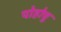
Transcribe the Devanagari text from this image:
पोहोचु